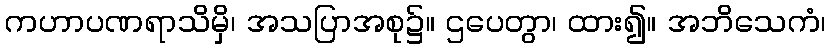
ကဟာပဏရာသိမှိ၊ အသပြာအစု၌။ ဌပေတွာ၊ ထား၍။ အဘိသေကံ၊